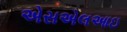
એસએલઆઇ